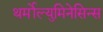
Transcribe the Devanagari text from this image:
थर्मोल्युमिनेसिन्स